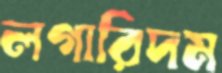
লগারিদম